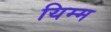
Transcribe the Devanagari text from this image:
यिम्म